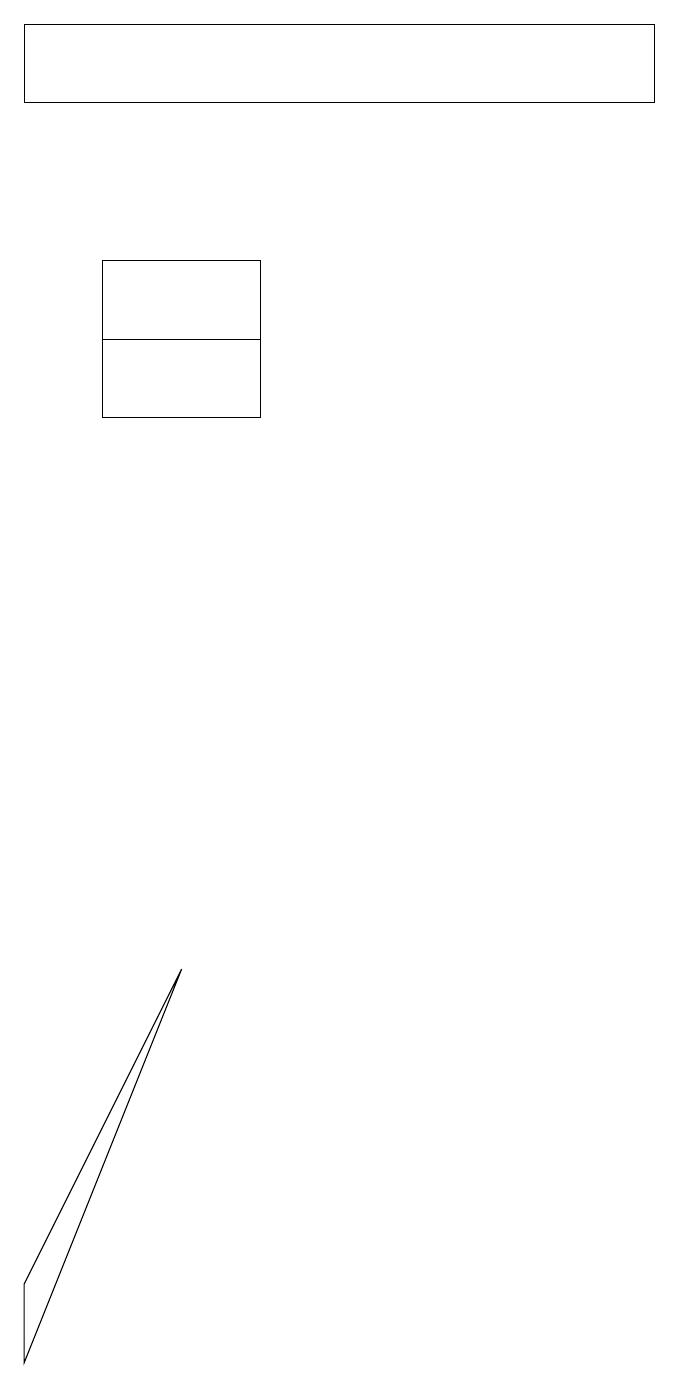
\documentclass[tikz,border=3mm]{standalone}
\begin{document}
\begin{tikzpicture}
\draw (4,14) rectangle (2,16);
\draw (1,3) -- (3,7) -- (1,2) -- cycle;
\draw (2,15) rectangle (4,14);
\draw (1,19) rectangle (9,18);
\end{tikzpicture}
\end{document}